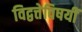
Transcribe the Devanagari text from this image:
विद्वत्तेविषयीं